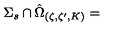
{ \Sigma _ { s } } \cap \hat { \Omega } _ { \left( \zeta , \zeta ^ { \prime } , K \right) } =